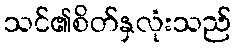
သင်၏စိတ်နှလုံးသည်